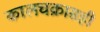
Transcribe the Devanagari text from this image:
कालचक्रासही